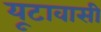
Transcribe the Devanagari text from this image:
यूटावासी